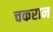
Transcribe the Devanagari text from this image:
चकरान